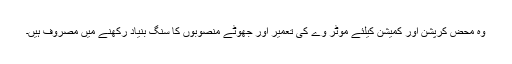
وہ محض کرپشن اور کمیشن کیلئے موٹر وے کی تعمیر اور جھوٹے منصوبوں کا سنگ بنیاد رکھنے میں مصروف ہیں۔